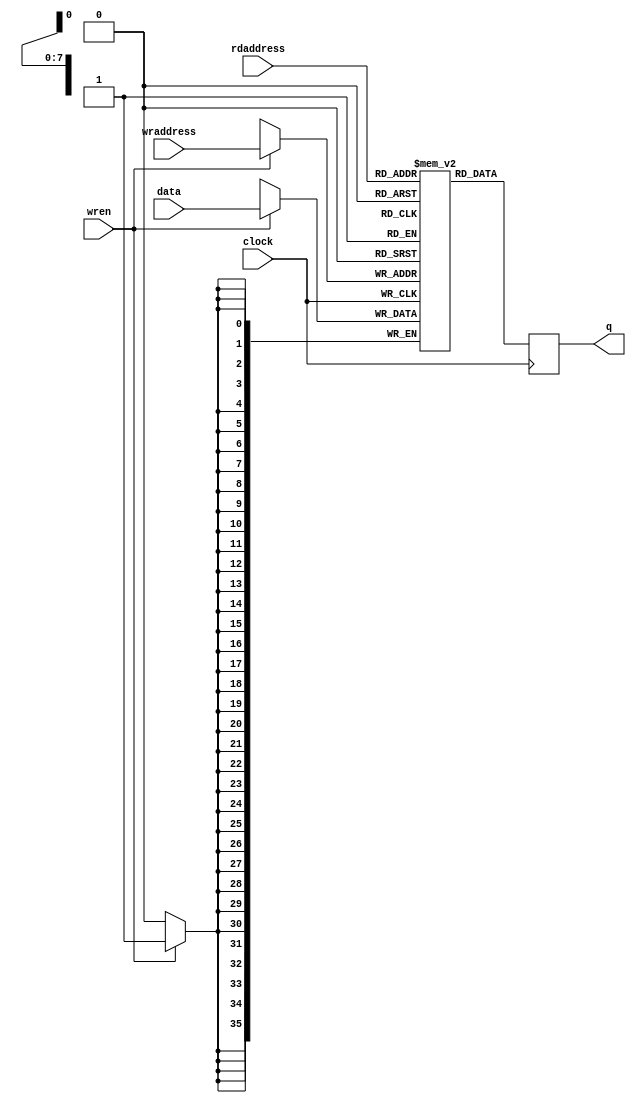
// (C) 2001-2016 Intel Corporation. All rights reserved.
// Your use of Intel Corporation's design tools, logic functions and other 
// software and tools, and its AMPP partner logic functions, and any output 
// files any of the foregoing (including device programming or simulation 
// files), and any associated documentation or information are expressly subject 
// to the terms and conditions of the Intel Program License Subscription 
// Agreement, Intel MegaCore Function License Agreement, or other applicable 
// license agreement, including, without limitation, that your use is for the 
// sole purpose of programming logic devices manufactured by Intel and sold by 
// Intel or its authorized distributors.  Please refer to the applicable 
// agreement for further details.


`timescale 1 ps / 1 ps

module rw_manager_ram

(

 data,
 rdaddress, 
 wraddress,
 wren, clock,
 q

);

parameter DATA_WIDTH=36;
parameter ADDR_WIDTH=8;

input [(DATA_WIDTH-1):0] data;
input [(ADDR_WIDTH-1):0] rdaddress, wraddress;
input wren, clock;
output reg [(DATA_WIDTH-1):0] q;


	reg [DATA_WIDTH-1:0] ram[2**ADDR_WIDTH-1:0];


	always @ (posedge clock)

	begin

		if (wren)

		ram[wraddress] <= data[DATA_WIDTH-1:0];

		q <= ram[rdaddress];

	end



endmodule